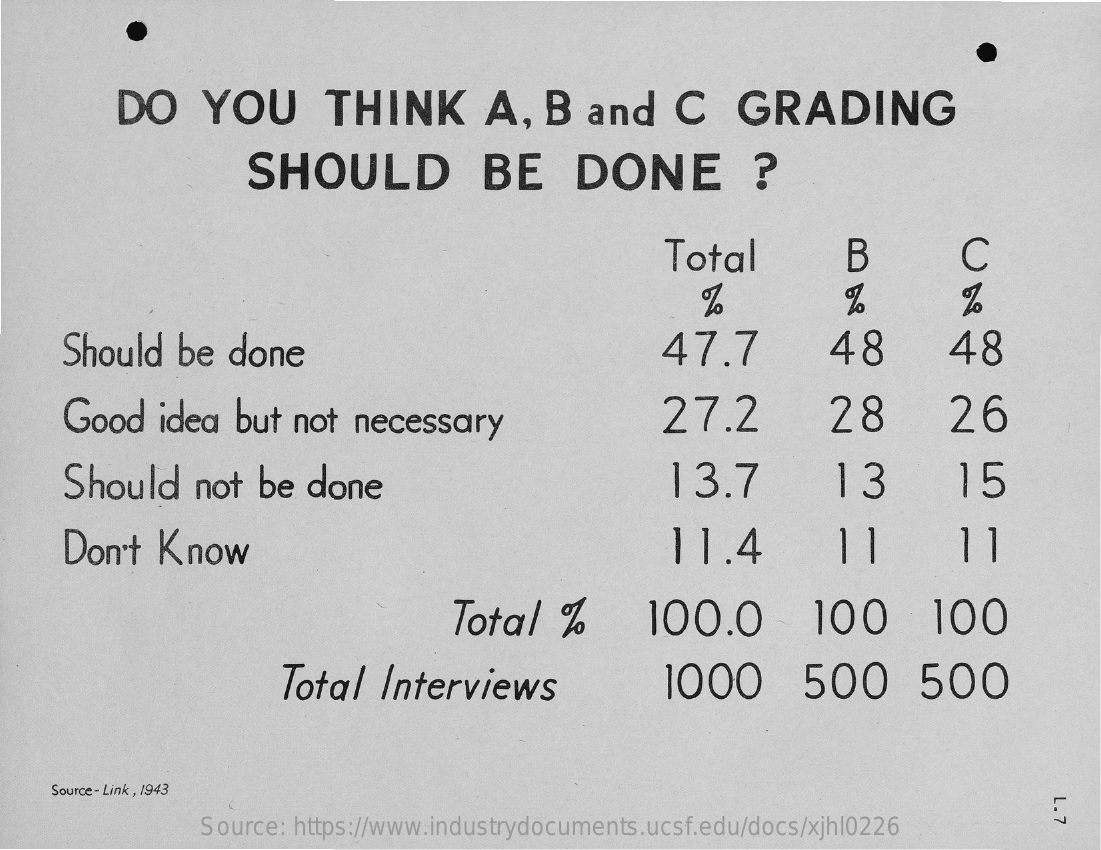
DO    YOU    THINK    A,   B  and    C    GRADING
     SHOULD    BE    DONE    ?
     Total    B    C
     Should   be  done    47.7    48    48
     Good   idea   but  not  necessary    27.2    28    26
     Should    not  be   done    13.7    13    15
     Don't  Know    11.4    11    11
     Total   %    100.0    100    100
     Total   Interviews    1000    500    500
     Source- Link , 1943
     E
     Source: https://www.industrydocuments.ucsf.edu/docs/xjhl0226